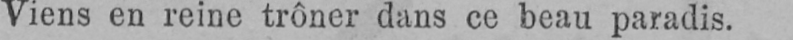
Viens en reine trôner dans ce beau paradis.